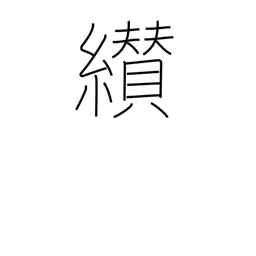
Meaning: succeed to